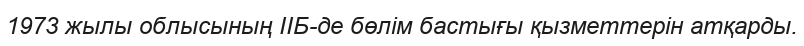
1973 жылы облысының ІІБ-де бөлім бастығы қызметтерін атқарды.